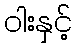
ဝါးနှင့်